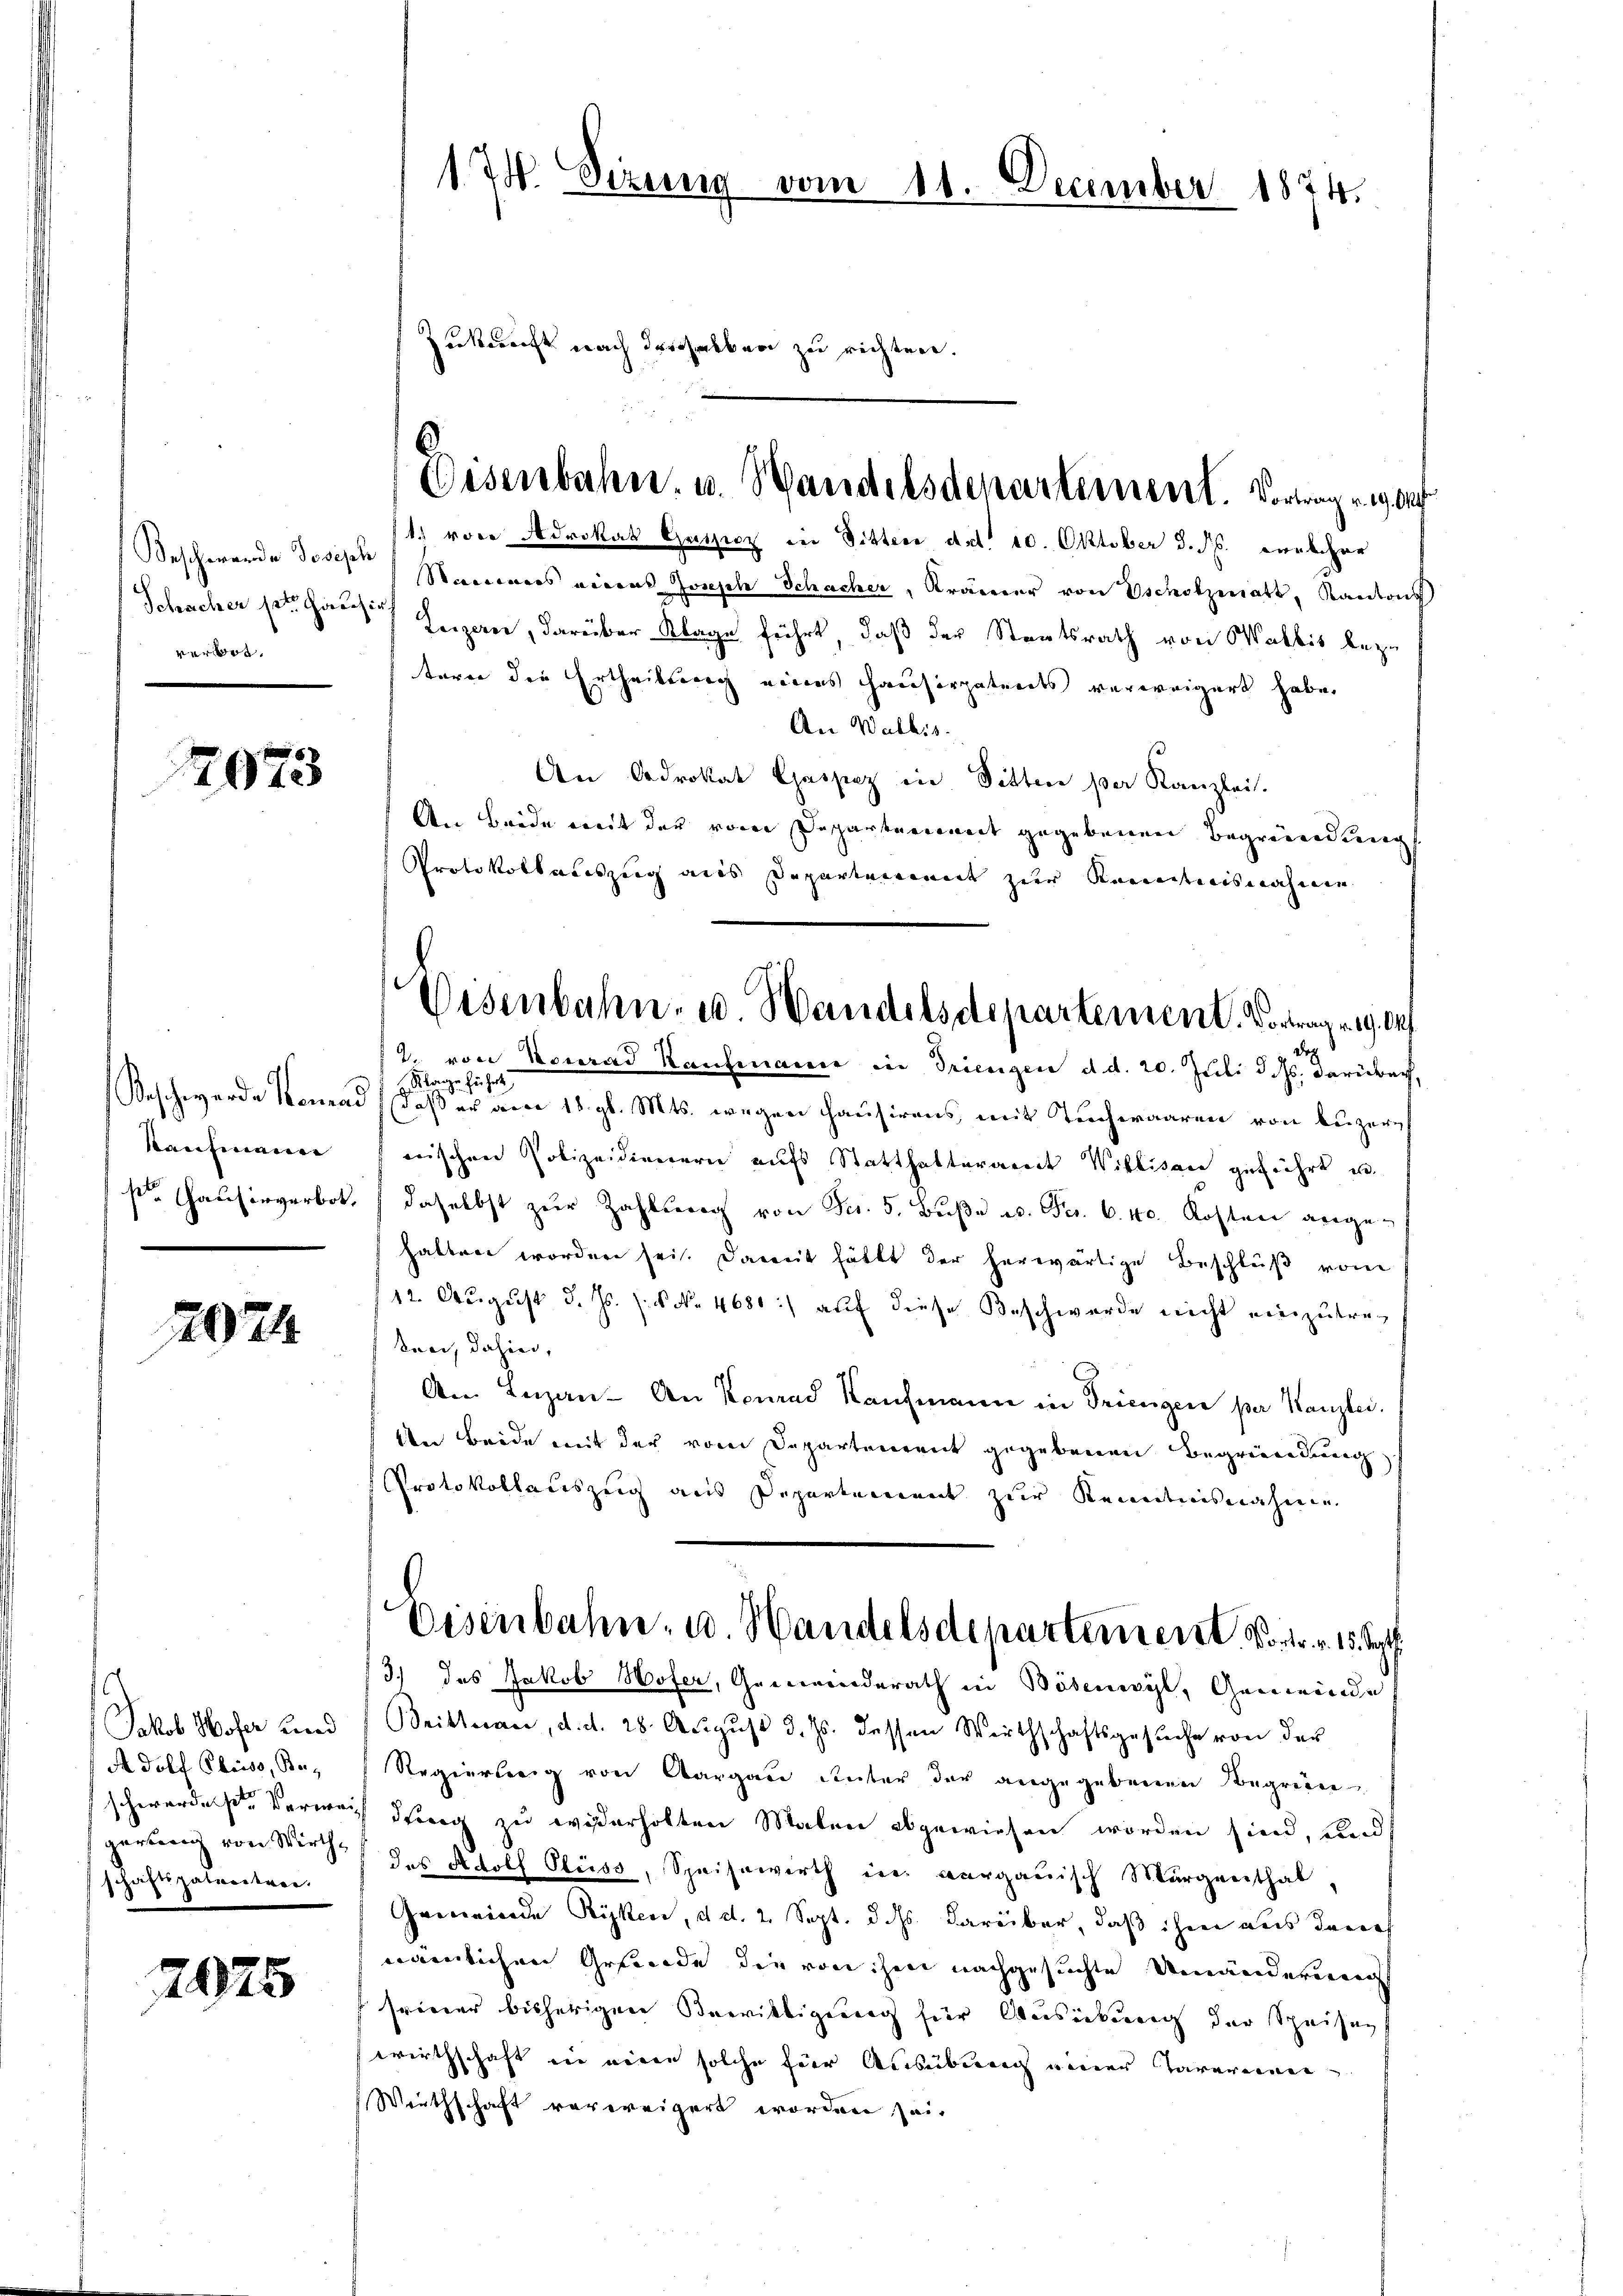
Beschwerde Josisch
Schacher st. Hausir
verweg.

7973

Kaufmann

2024

c
Jakob Wofer und
A dolf Chriso, Begerung von Wirthschaftspaterstaer.

2025

174. Sizung vom 11. December 1874.
Zukunft nach derselben zu richten.

1. von Advokat Gatzicz in Sitter Art. 10. Oktober d. Js. welcher
Stammers einen Zwisch Schacher, Krämer von Escholzmatt, Kantons
Luzern, darüber Klage führt, daß der Staatsrath von Wallis bezu
terer die Ertheilung eines Hausirpatents verweigert habe.
An Wallis.
An Odrokat Caspez in Dittere per Kanzlei.
An Brede weit der von Departement gegebenen Begründung
Protokollauszug aus Departement zur Kenntnisnahmen
Doch
2. von Vorrad Kaŭfename in Triengen d. d. 20. Juli d. Js. darüber,
Slage zu hat
Beschwerde Konrad daß er am 18. gl. Mts. wegen Hausirens mit Tuchwaaren von Luzern
nischen Polizeidienerie aufs Statthalteramt Willisau geführt u.
s. Hausirverbot. (daselbst zur Zahlung von Fr. 5. Buße u. Fr. 6. 40. Kosten angehalten worden sei. Damit hätte der herwärtige Beschluß vom
12. August d. Js. s. No. 4680:) auf diese Beschwerde nicht einzutreken, dahin,
Am Lezan- An Konrad Kaufmann in Triengen per Kanzlei.
An Beide mit der vom Departement gegebenen Begründung
Protokollariszug aus Departement zur Kenntnisnahmen
Eisenbahn, u. Handelsdepartement, vor. v. 15. Sept.
3) das Jakob Wofer, Gemeinderath in Bösenwyl, Gemeinde
Brittnau, d. d. 28. Aŭgŭst d. Js. dessen Wirthschaftsgesŭche von der
Regierung von Aargau unter der angegebenen Begren
schwerdeste Verweis dung zu widerholten Malen abgewiesen worden sind, und
des Adolf Gluss, Speisewirth in verganisch Morgenthal
Gemeinde Riken, d. d. 2. Sept. dass darüber, daß ihm aus danech
nämlichen Gefände die von hier nachgesuchte Umändereins
seiner bisherigen Bewilligung für Ausickung der Speisen
wirthschaft ein einen solche für Ausübung einer Tavereinen
Wirthschaft verweigert worden sei.

Eisenbahn u. Handelsdepartement. Vorwegen a

Eisenbahn- u Handelsdepartement. Vortragung de